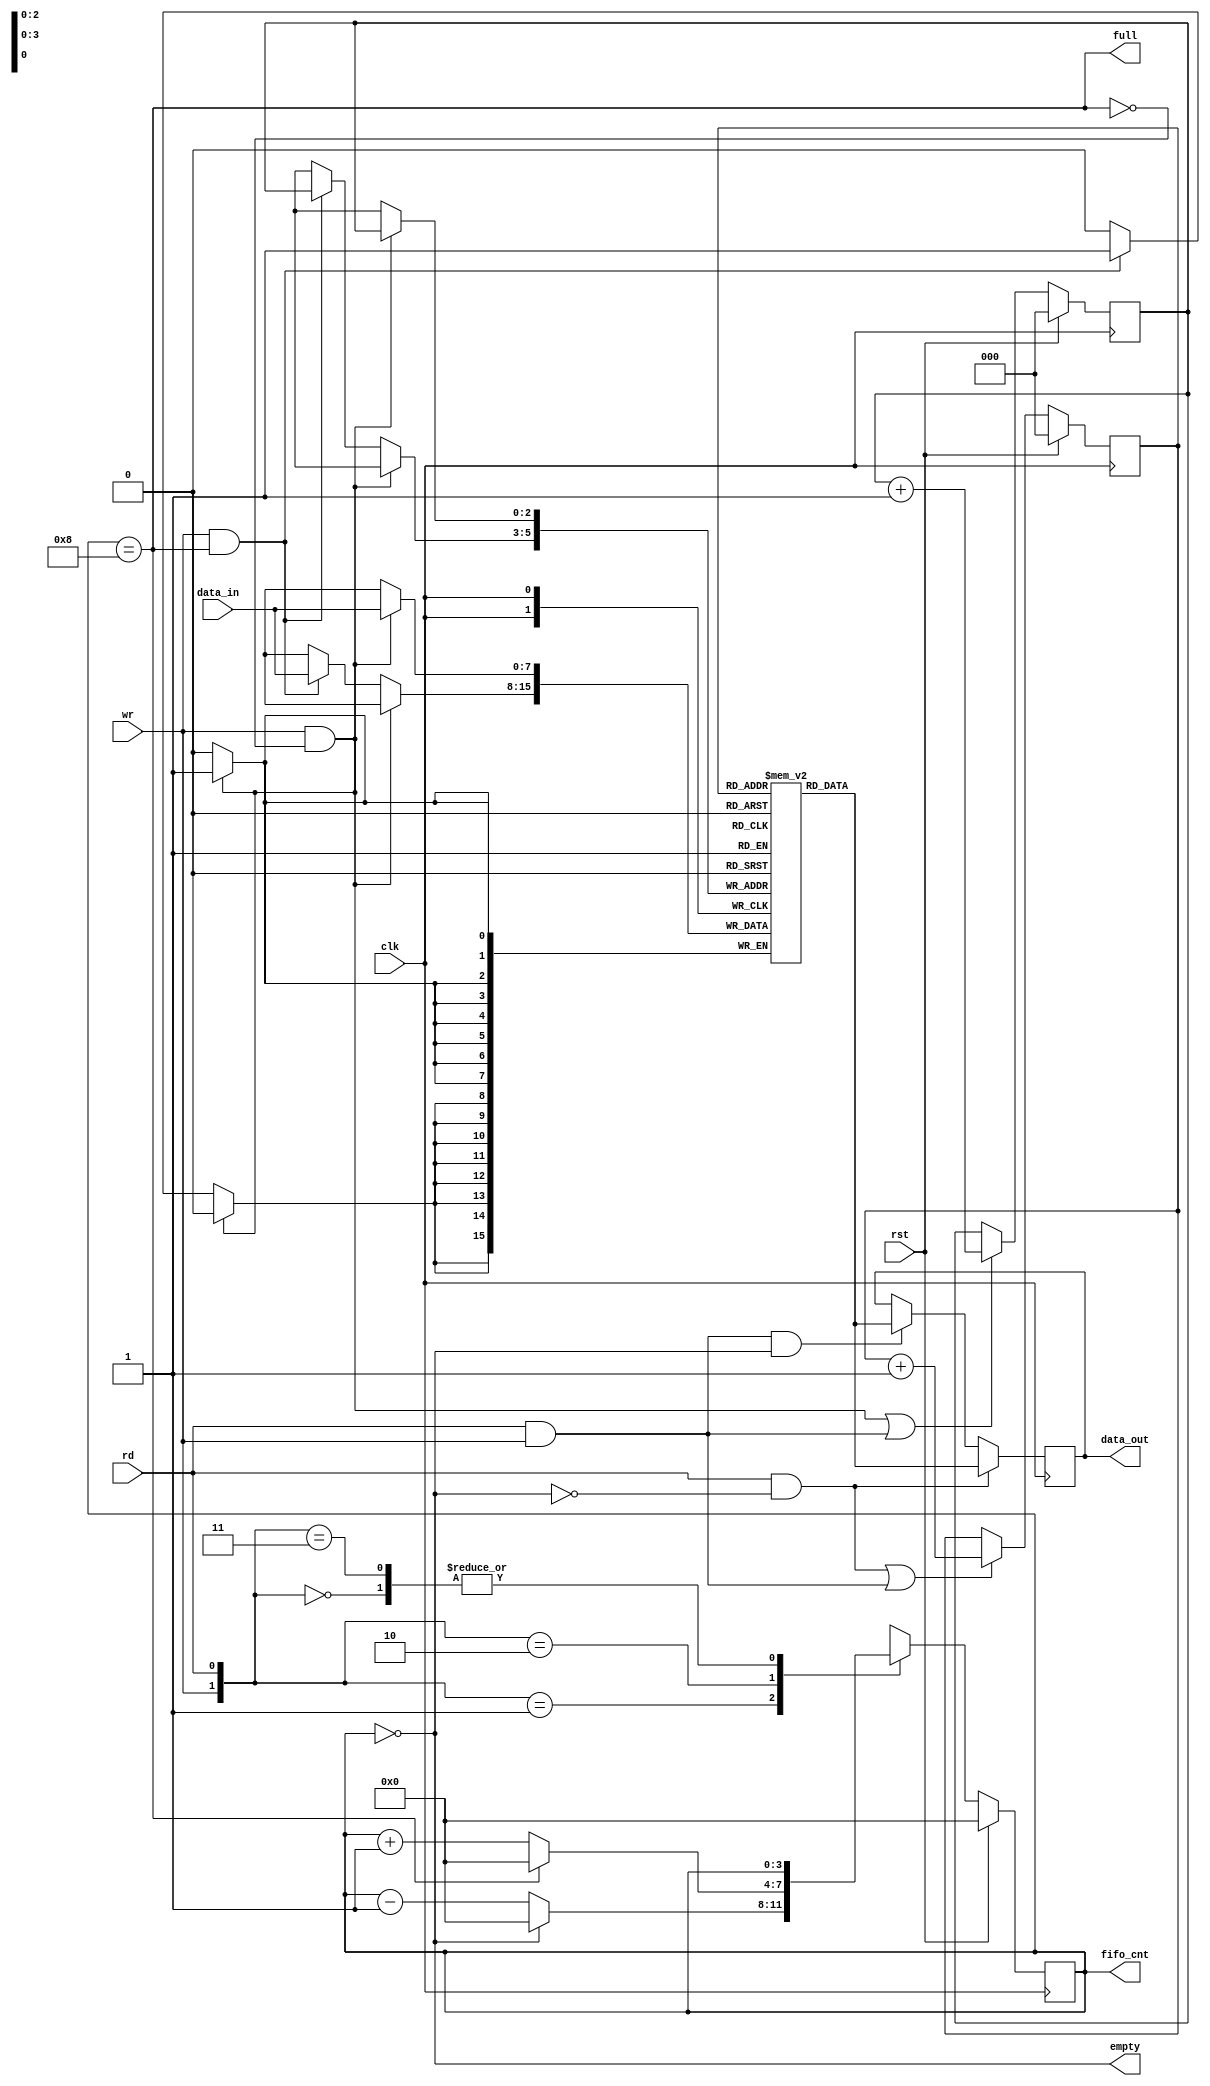
module fifo1 (input [7:0] data_in, input clk, rst, rd, wr, output empty, full, output reg [7:0] data_out, output reg [3:0] fifo_cnt);
    reg [7:0] fifo_ram[0:7];
    reg [2:0] read_ptr, wr_ptr;

    assign empty = (fifo_cnt==0);
    assign full = (fifo_cnt==8);

    always @( posedge clk) 
    begin: write
        if(wr && !full)
            fifo_ram[wr_ptr] <= data_in;
        else if (wr && full)
            fifo_ram[wr_ptr] <= data_in;    
    end
    always @ (posedge clk)
    begin: read
        if(rd && !empty)
            data_out <= fifo_ram[read_ptr];
        else if (rd && wr && empty)
            data_out <= fifo_ram[read_ptr];
    end
    always @ (posedge clk)
    begin: pointer
    if (rst) begin
        wr_ptr <= 0;
        read_ptr <= 0;
    end
    else begin
            wr_ptr <= ((wr && !full)||(wr && rd)) ? wr_ptr + 1 : wr_ptr;
            read_ptr <= ((rd && !empty)||(wr && rd)) ? read_ptr + 1 : read_ptr;
        end
     end
    always @ (posedge clk)
    begin:Count
    if(rst) fifo_cnt <=0;
    else begin
            case ({wr,rd})
               2'b00 : fifo_cnt <= fifo_cnt;
               2'b01 : fifo_cnt <= (fifo_cnt==0) ? 0 : fifo_cnt-1;
               2'b10 : fifo_cnt <= (fifo_cnt==8) ? 0 : fifo_cnt+1;
               2'b11 : fifo_cnt <= fifo_cnt;
               default: fifo_cnt <= fifo_cnt; 
            endcase
        end
    end
endmodule